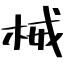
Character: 械